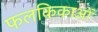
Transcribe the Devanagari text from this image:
फलकिकाओं